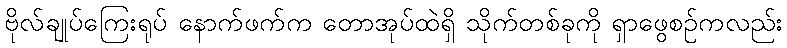
ဗိုလ်ချုပ်ကြေးရုပ် နောက်ဖက်က တောအုပ်ထဲရှိ သိုက်တစ်ခုကို ရှာဖွေစဉ်ကလည်း